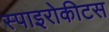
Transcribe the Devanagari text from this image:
स्पाइरोकीटस